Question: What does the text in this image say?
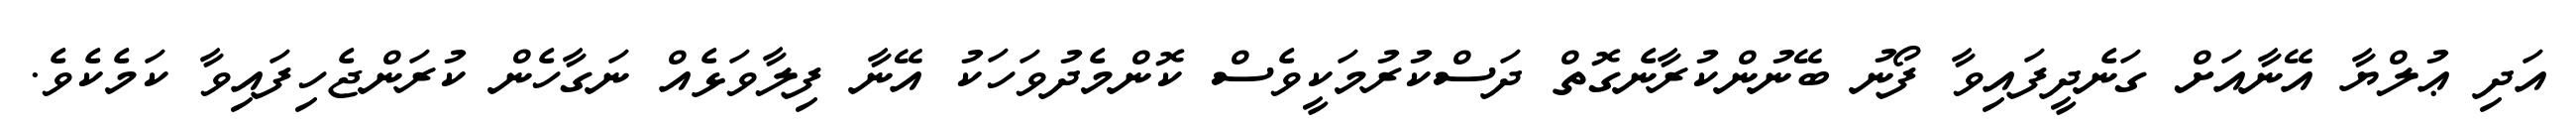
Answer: އަދި ޢުލްޔާ އޭނާއަށް ގަނެދީފައިވާ ފޯނު ބޭނުންކުރާނެގޮތް ދަސްކުރުމަކީވެސް ކޮންމެދުވަހަކު އޭނާ ފިލާވަޅެއް ނަގާހެން ކުރަންޖެހިފައިވާ ކަމެކެވެ.